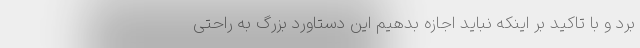
برد و با تاکید بر اینکه نباید اجازه بدهیم این دستاورد بزرگ به راحتی